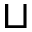
\sqcup